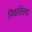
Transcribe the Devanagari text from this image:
निवर्तलेल्या